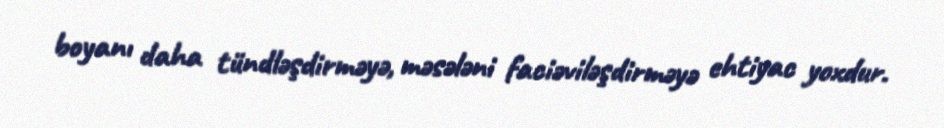
boyanı daha tündləşdirməyə, məsələni faciəviləşdirməyə ehtiyac yoxdur.